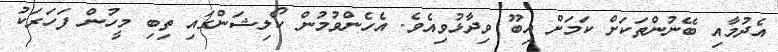
އެދުމާއި ބޭނުންތަކަށް ކަމަށް އިބޫ ވިދާޅުވިއެވެ. އެހެންވުމުން ކޯލިޝަންގައި ތިބި މީހުން ފަހަރަކު